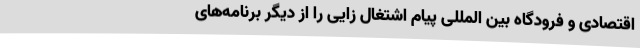
اقتصادی و فرودگاه بین المللی پیام اشتغال زایی را از دیگر برنامه‌های